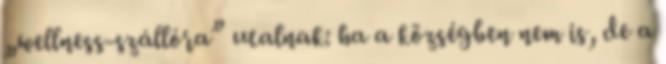
„wellness-szállóra” utalnak: ha a községben nem is, de a